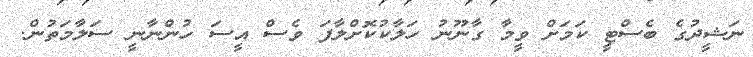
ނަޝީދުގެ ބެސްޓީ ކަމަށް ވީމާ ގާނޫނު ހަލާކުކޮށްލާފަ ވެސް އީސަ ހުންނާނީ ސަލާމަތުން.